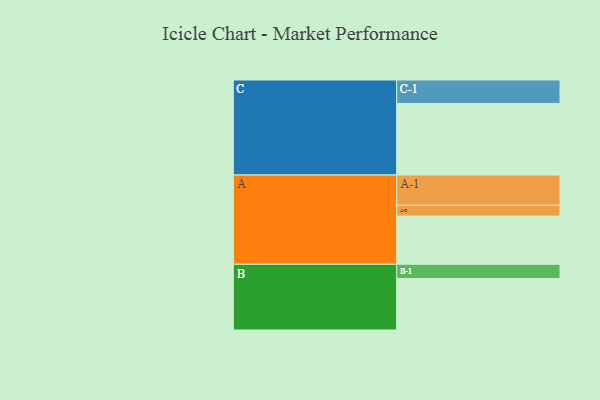
{"axis": {"x": "Segment", "y": "Value"}, "legend": ["", "A", "B", "C"], "data": [{"x": "A", "y": 311, "type": ""}, {"x": "B", "y": 332, "type": ""}, {"x": "C", "y": 462, "type": ""}, {"x": "A-1", "y": 195, "type": "A"}, {"x": "A-2", "y": 70, "type": "A"}, {"x": "B-1", "y": 92, "type": "B"}, {"x": "C-1", "y": 151, "type": "C"}]}